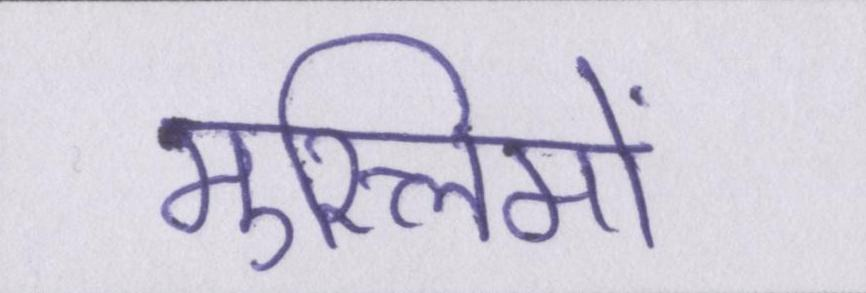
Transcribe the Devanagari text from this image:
मुस्लिमों